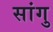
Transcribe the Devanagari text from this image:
सांगु